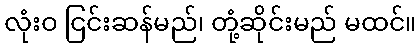
လုံးဝ ငြင်းဆန်မည်၊ တုံ့ဆိုင်းမည် မထင်။